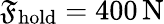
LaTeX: \mathfrak{F}_{\mathrm{{hold}}}=400\, \mathrm{{N}}